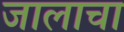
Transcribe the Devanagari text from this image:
जालाचा